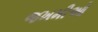
જખમીઓ